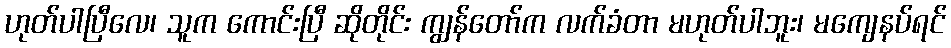
ဟုတ်ပါပြီလေ၊ သူက ကောင်းပြီ ဆိုတိုင်း ကျွန်တော်က လက်ခံတာ မဟုတ်ပါဘူး၊ မကျေနပ်ရင်